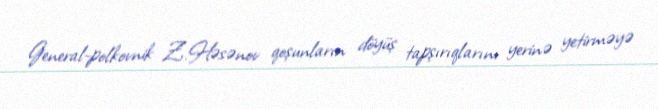
General-polkovnik Z.Həsənov qoşunların döyüş tapşırıqlarını yerinə yetirməyə